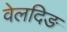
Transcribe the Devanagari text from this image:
वेलदिङ